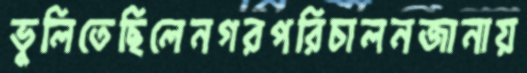
ভুলিতেছিলেনগরপরিচালনজানায়